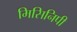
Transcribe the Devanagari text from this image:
मिसिनिपी